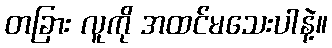
တခြား လူကို အထင်မသေးပါနဲ့။